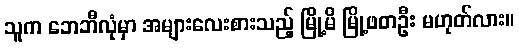
သူက ဘေဘီလုံမှာ အများလေးစားသည့် မြို့မိ မြို့ဖတဦး မဟုတ်လား။